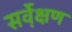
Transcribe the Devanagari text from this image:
सर्वे़क्षण